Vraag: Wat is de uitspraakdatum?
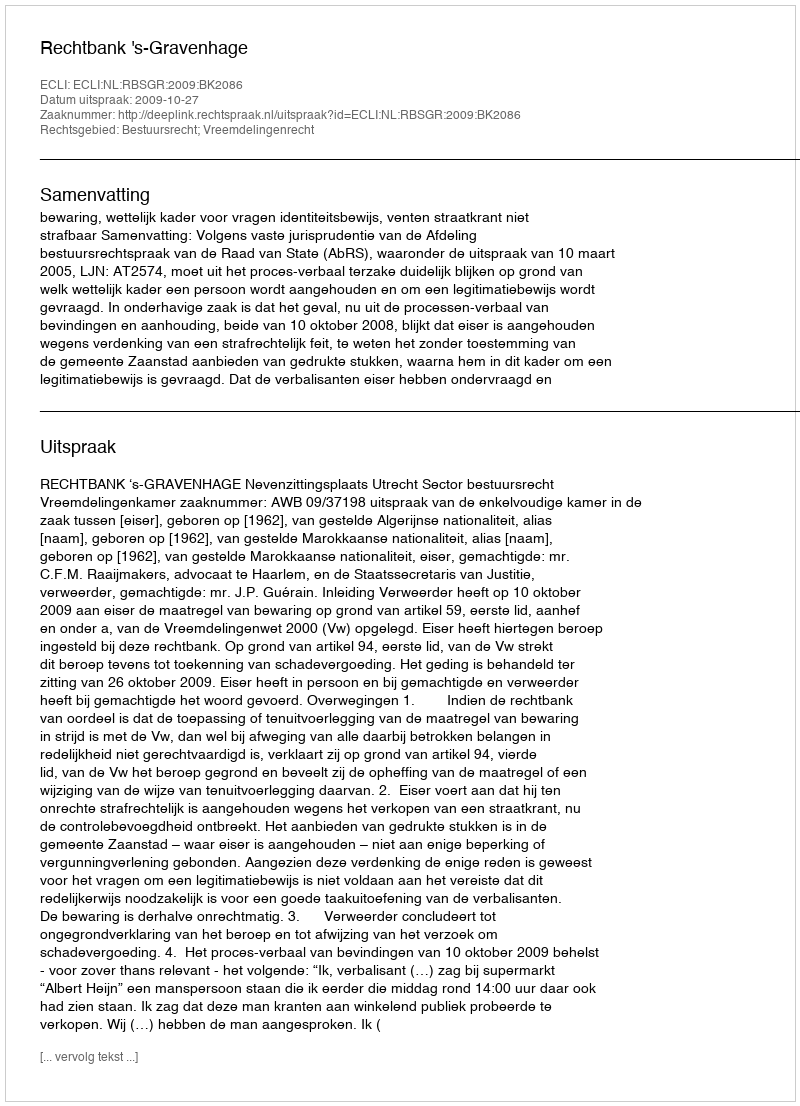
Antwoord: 2009-10-27